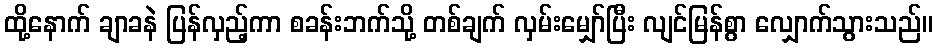
ထို့နောက် ချာခနဲ ပြန်လှည့်ကာ စခန်းဘက်သို့ တစ်ချက် လှမ်းမျှော်ပြီး လျင်မြန်စွာ လျှောက်သွားသည်။